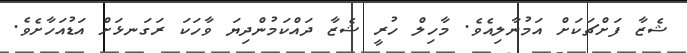
ޝެޒާ ފަށްޗަކަށް އަމުނާލިއެވެ. މާހިލް ހުރީ ޝެޒާ ދައްކަމުންދިޔަ ވާހަކަ ރަގަނޅަށް އަޑުއަހާށެވެ.